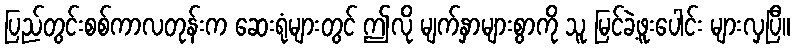
ပြည်တွင်းစစ်ကာလတုန်းက ဆေးရုံများတွင် ဤလို မျက်နှာများစွာကို သူ မြင်ခဲ့ဖူးပေါင်း များလှပြီ။